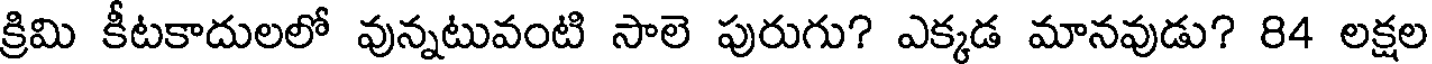
క్రిమి కీటకాదులలో వున్నటువంటి సాలె పురుగు? ఎక్కడ మానవుడు? 84 లక్షల